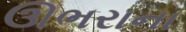
ઊભરાના